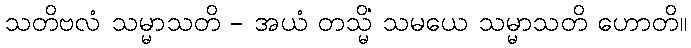
သတိဗလံ သမ္မာသတိ - အယံ တသ္မိံ သမယေ သမ္မာသတိ ဟောတိ။